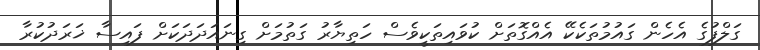
ގަލްފުގެ އެހެން ގައުމުތަކެކޭ އެއްގޮތަށް ކުވައިތަކީވެސް ހަތިޔާރު ގަތުމަށް ގިނައަދަދަކަށް ފައިސާ ޚަރަދުކުރާ